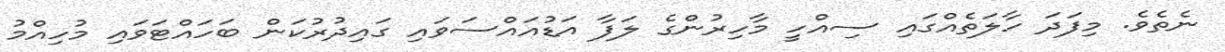
ނެތެވެ. މިފަދަ ހާލަތެއްގައި ސިއްހީ މާހިރުންގެ ލަފާ އަޑުއައްސަވައި ގައިދުރުކަން ބަހައްޓަވައި މުހިއްމު